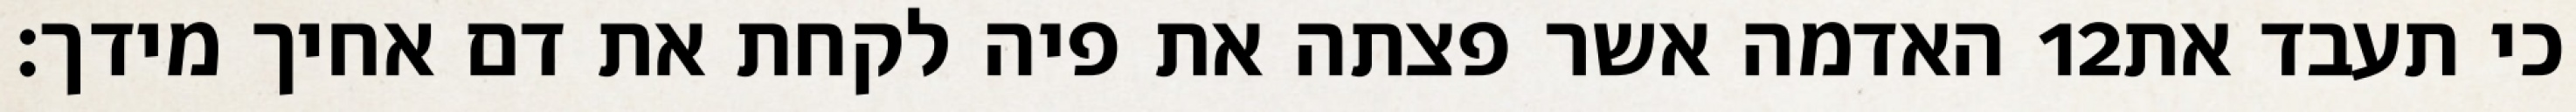
האדמה אשר פצתה את פיה לקחת את דם אחיך מידך׃ ‎12‏ כי תעבד את